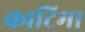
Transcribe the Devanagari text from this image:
काटिमा